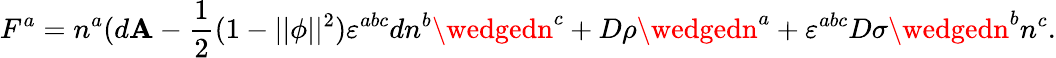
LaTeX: F^{a}=n^{a}(d\mathbf{A}-\frac{1}{2}(1-||\phi||^{2})\varepsilon^{abc}dn^{b}\wedgedn^{c}+D\rho\wedgedn^{a}+\varepsilon^{abc}D\sigma\wedgedn^{b}n^{c}.